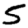
Digit: 5